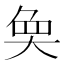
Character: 𭑏